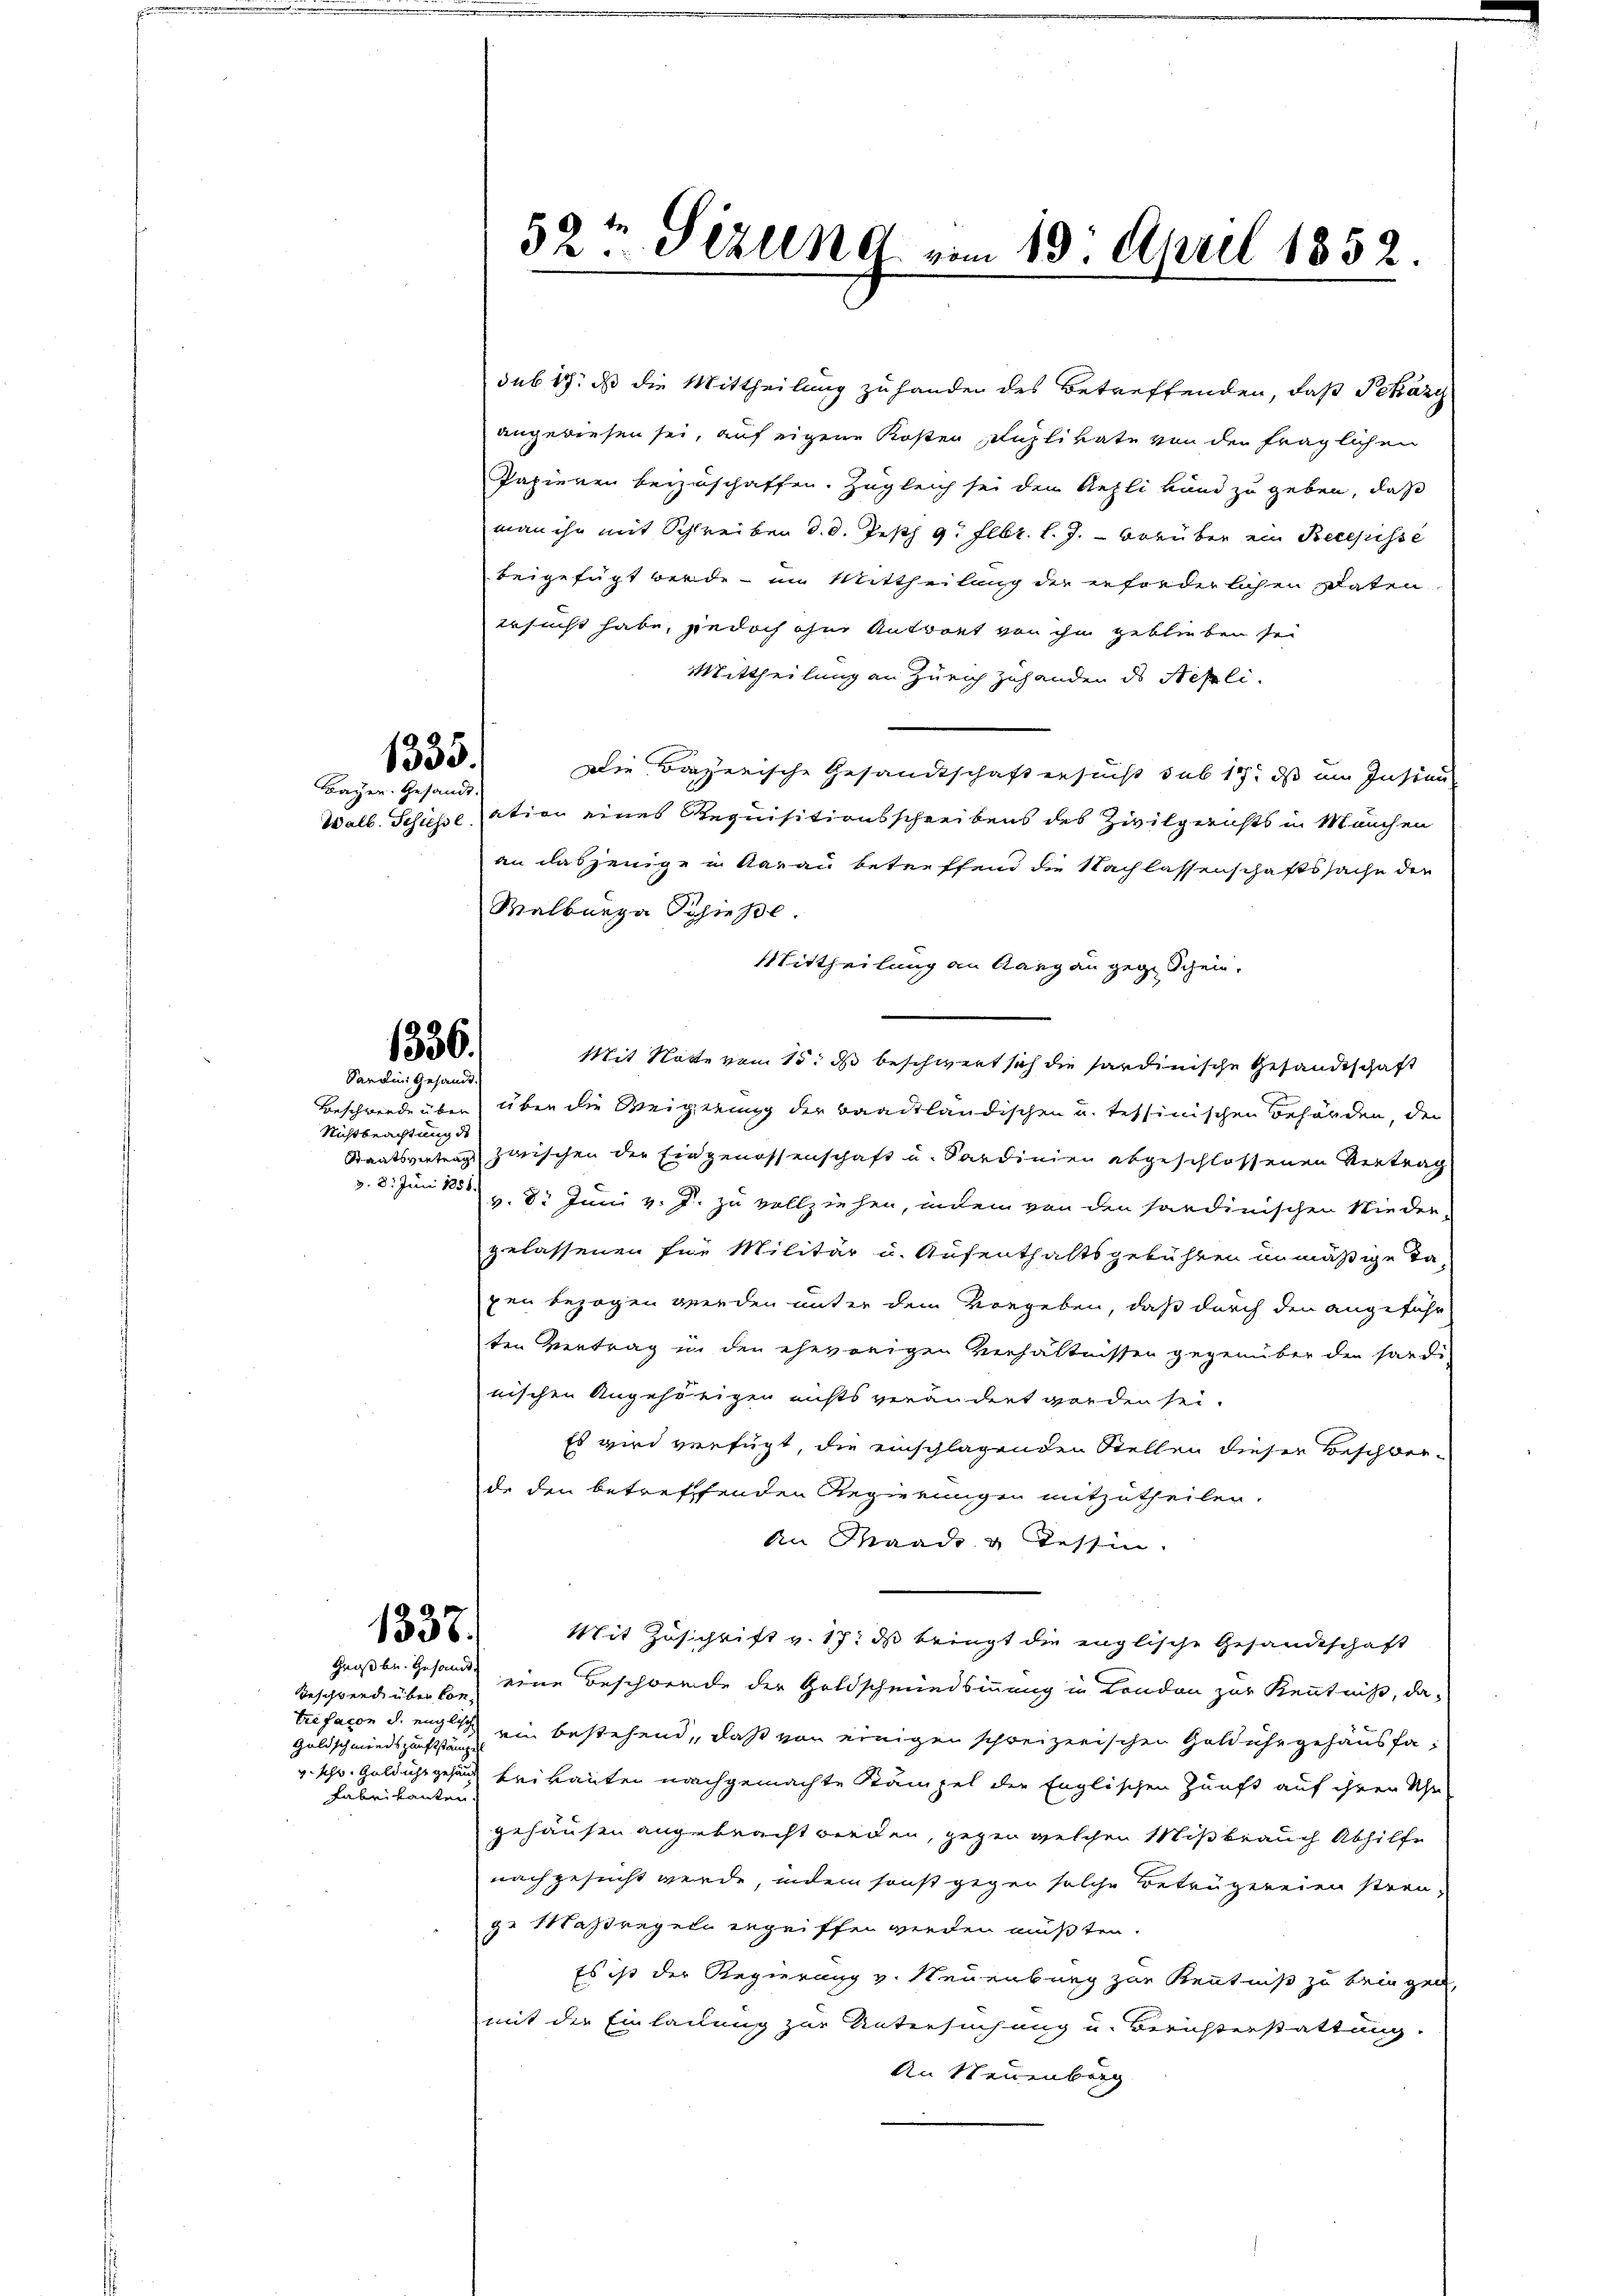
1335.
Bayern. Gesandt.

1336.
Sardini gesandt.

Beschwerde über
Nichtbeachtung de
v. 8. Juni 1851.

Großbu. Gesandt

Teschwerd über Contrefacon d. englische
Goldschmiedszunftstän
Fabrikanten.

sub 17. ds die Mittheilung zu handen des Betreffenden, daß Pekázy
angewiesen sei, auf eigene Kosten Kaplivate von den fraglichen
Papieren beizuschaffen. Zugleich sei den Gezli kund zu geben, daß
man ihr mit Schreiben d. d. Jesth 9. Febr. l. J. vorüber ein Recepisse
beigefügt werde - im Mittheilung der erforderlichen Daten.
ersucht habe, jedoch ohne Antwort von ihm geblieben sei
Mittheilung an Zürich zuhanden ds Nepli.
Die Bayerische Gesandtschaft ersucht sub 17. ds um Instau
Walb. Schüsse sation eines Requisitionsschreibens des Zivilgerichts in Manchen
an dasjenige in Aarau betreffend die Nachlassenschaftssache der
Walberga Schieße.
Mittheilung an Rang an gegen Schein.
Mit Notte vom 15. ds beschwert sich die sardinische Gesandtschaft
über die Weigerung der baadtländischen u. tessinischen Behörden, der
Staatsvertrag zwischen der Eingenossenschaft u. Sardinien abgeschlossenen Vertrag
v. 8. Juni v. J. zu vollziehen, indem von den sardinischen Nieder-
gelassenen fine Militär u. Aufenthaltsgebühren unmäßige Ta-
pen bezogen werden unter dem vorgeben, daß durch den angeführ
ten Vertrag in den ehevorigen Verhältnissen gegenüber den Sardi-
nischen Angehörigen nichts verändert worden sei.
Es wird verfügt, die einschlagenden Stellen dieser Beschlerde den betreffenden Regierungen mitzutheilen.
An Waadt u Tessin.
1337.
Mit Zuschrift v. 17. ds bringt die englische Gesandtschaft
eine Beschwerde der Goldschmiedsinnung in London zur Kenntniß, da-
ein bestehend, daß von einigen schweizerischen Golduhr gehaus fav. schw. Goldhegehand frikanten nachgemachte Kämpel der Englischen Zunft auf ihrer Uhr
gehausen angebracht werden, gegen welchen Mißbrauch Abhilfe
nachgesucht werde, indem sonst gegen solche Betrügereien streuge Maßregeln ergriffen werden müßten.
Es ist der Regierung v. Neuenburg zur Kenntniß zu bringen,
mit der Einladung zur Untersuchung u. Berichterstattung.
An Neuenburg

52t Sizung vom 10. April 1852.